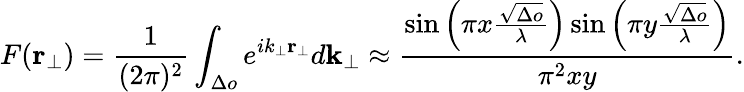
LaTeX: F(\textbf{r}_{\bot})=\frac{1}{(2\pi)^{2}}\int_{\Delta o}e^{ik_{\bot}\textbf{r}_{\bot}}d\textbf{k}_{\bot}\approx\frac{\sin\left(\pi x\frac{\sqrt{\Delta o}}{\lambda}\right)\sin\left(\pi y\frac{\sqrt{\Delta o}}{\lambda}\right)}{\pi^{2}xy}.